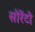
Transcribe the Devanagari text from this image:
सोरेंटो